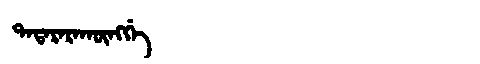
Manchu: ᡨᠠᡨᠠᡵᠠᡵᠠᡴᡡᠩᡤᡝ
Romanization: TATARARAKŪNGGE